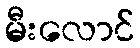
မီးလောင်